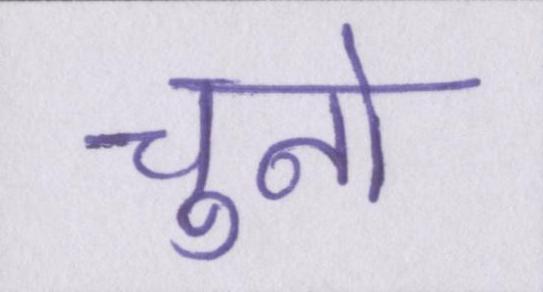
चुनो